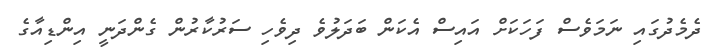
ދެމެދުގައި ނަމަވެސް ފަހަކަށް އައިސް އެކަން ބަދަލުވެ ދިވެހި ސަރުކާރުން ގެންދަނީ އިންޑިއާގެ